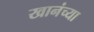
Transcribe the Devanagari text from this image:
खानंच्या